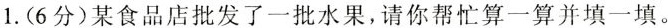
1.(6分)某食品店批发了一批水果，请你帮忙算一算并填一填。